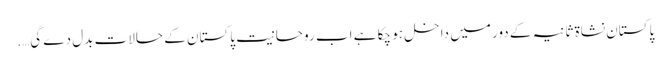
پاکستان نشاۃ ثانیہ کے دور میں داخل ہو چکا ہے اب روحانیت پاکستان کے حالات بدل دے گی….